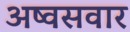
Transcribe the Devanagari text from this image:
अष्वसवार